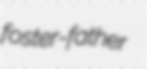
foster-father